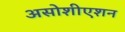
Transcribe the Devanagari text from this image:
असोशीएशन